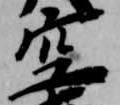
空